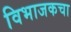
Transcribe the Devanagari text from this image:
विभाजकचा